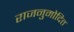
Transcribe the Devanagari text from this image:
राजनुमोदित